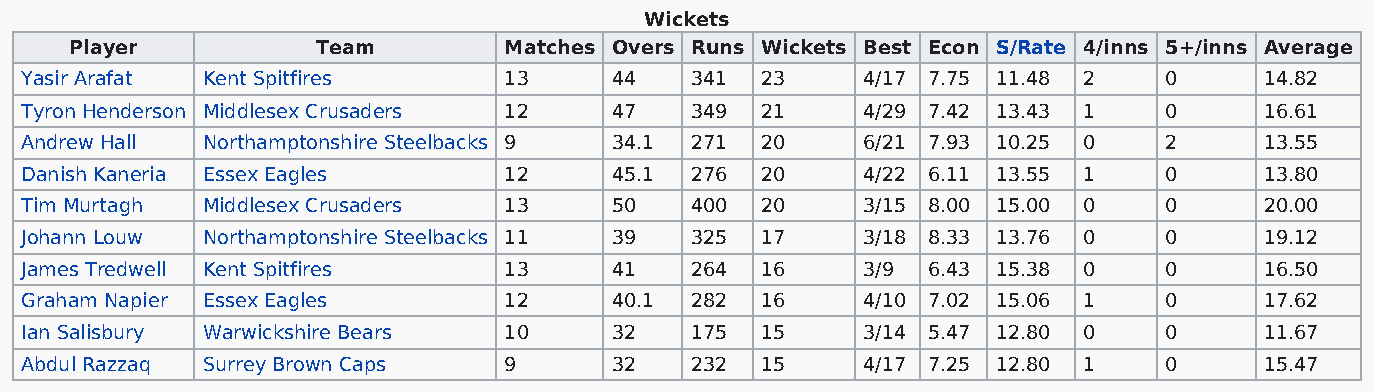
Wickets
 Player          Team        Matches Overs Runs Wickets Best Econ S/Rate 4/inns 5+/inns Average
 Yasir Arafat Kent Spitfires     13     44    341 23     4/17 7.75 11.48 2   0      14.82
 Tyron Henderson Middlesex Crusaders 12 47    349 21     4/29 7.42 13.43 1   0      16.61
 Andrew Hall Northamptonshire Steelbacks 9 34.1 271 20   6/21 7.93 10.25 0   2      13.55
 Danish Kaneria Essex Eagles     12     45.1  276 20     4/22 6.11 13.55 1   0      13.80
 Tim Murtagh Middlesex Crusaders 13     50    400 20     3/15 8.00 15.00 0   0      20.00
 Johann Louw Northamptonshire Steelbacks 11 39 325 17    3/18 8.33 13.76 0   0      19.12
 James Tredwell Kent Spitfires   13     41    264 16     3/9 6.43 15.38 0    0      16.50
 Graham Napier Essex Eagles      12     40.1  282 16     4/10 7.02 15.06 1   0      17.62
 Ian Salisbury Warwickshire Bears 10    32    175 15     3/14 5.47 12.80 0   0      11.67
 Abdul Razzaq Surrey Brown Caps  9      32    232 15     4/17 7.25 12.80 1   0      15.47